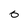
Character: O